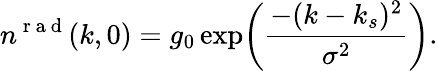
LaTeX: n^{\mathrm{~r~a~d~}}(k,0)=g_{0}\exp\biggl(\frac{-(k-k_{s})^{2}}{\sigma^{2}}\biggr).